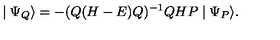
\mid \Psi _ { Q } \rangle = - ( Q ( H - E ) Q ) ^ { - 1 } Q H P \mid \Psi _ { P } \rangle .